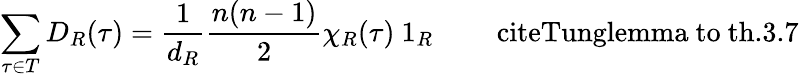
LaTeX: \sum_{\tau\in T}D_{R}(\tau)=\frac{1}{d_{R}}\frac{n(n-1)}{2}\chi_{R}(\tau)\mathrm{{\mathbf~1}}_{R}\qquad\mathrm{\ cite{Tung}lemma~to~th.3.7}